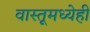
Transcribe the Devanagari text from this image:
वास्तूमध्येही